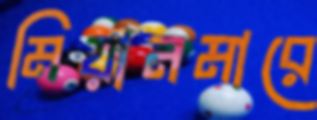
মিয়ানমারে